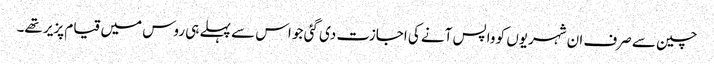
چین سے صرف ان شہریوں کو واپس آنے کی اجازت دی گئی جو اس سے پہلے ہی روس میں قیام پزیر تھے۔